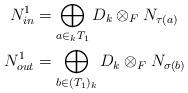
LaTeX: \begin{align*}N_{in}^{1}&=\displaystyle \bigoplus_{a \in _{k}T_{1}} D_{k} \otimes_{F} N_{\tau(a)} \\N_{out}^{1}&= \displaystyle \bigoplus_{b \in (T_{1})_{k}} D_{k} \otimes_{F} N_{\sigma(b)}\end{align*}